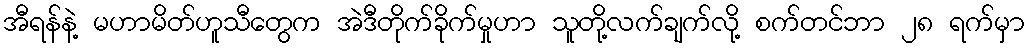
အီရန်နဲ့ မဟာမိတ်ဟူသီတွေက အဲဒီတိုက်ခိုက်မှုဟာ သူတို့လက်ချက်လို့ စက်တင်ဘာ ၂၈ ရက်မှာ